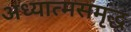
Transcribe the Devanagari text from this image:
अध्यात्मसमृद्ध